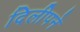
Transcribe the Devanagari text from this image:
दिलीपने